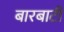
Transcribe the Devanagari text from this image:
बारबाटी